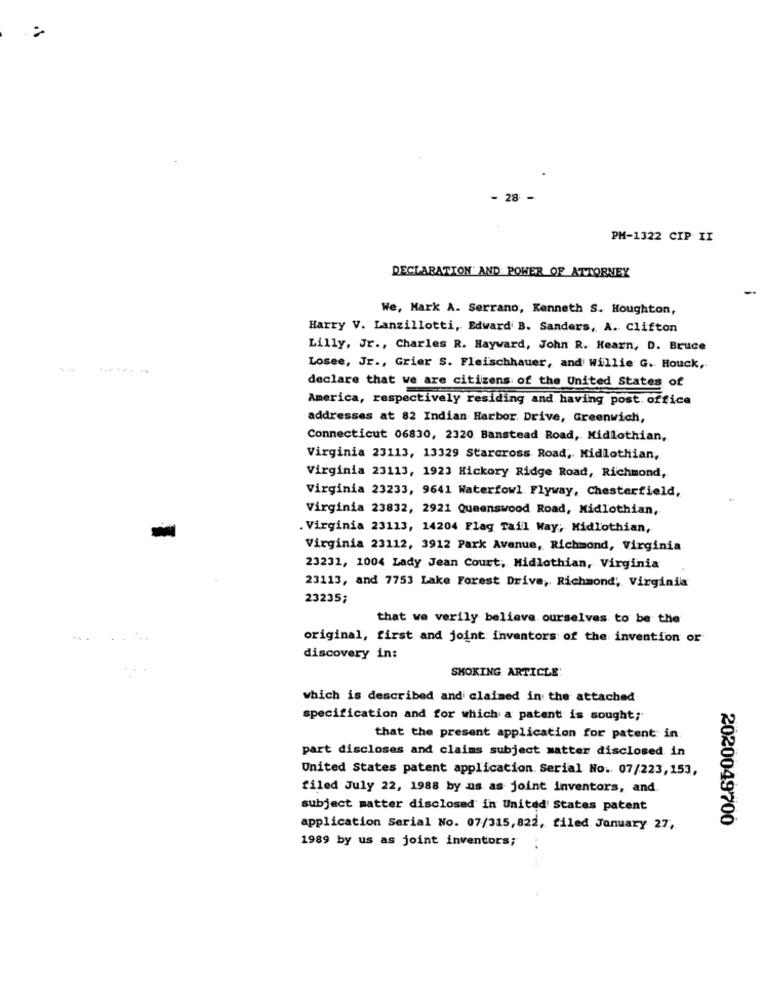
- 28 -
PM-1322 CIP II
DECLARATION" AND POWER OF ATTORNEY
We, Mark A. Serrano, Kenneth S. Houghton,
Harry V. Lanzillotti, Edward B. Sanders, A. Clifton
Lilly, Jr ., Charles R. Hayward, John R. Hearn, D. Bruce
Losee, Jr ., Grier S. Fleischhauer, and willie G. Houck,
declare that we are citizens of the United States of
America, respectively residing and having post. office
addresses at 82 Indian Harbor Drive, Greenwich,
Connecticut 06830, 2320 Banstead Road, Midlothian,
Virginia 23113, 13329 Starcross Road, Midlothian,
Virginia 23113, 1923 Hickory Ridge Road, Richmond,
Virginia 23233, 9641 Waterfowl. Flyway, Chesterfield,
Virginia 23832, 2921 Queenswood Road, Midlothian,
. Virginia 23113, 14204 Flag Tail Way, Midlothian,
Virginia 23112, 3912 Park Avenue, Richmond, Virginia
23231, 1004 Lady Jean Court, Midlothian, Virginia
23113, and 7753 Lake Forest Drive, Richmond, Virginia
23235;
that we verily believe ourselves to be the
original, first and joint inventors of the invention or
discovery in:
SMOKING ARTICLE
which is described and claimed in the attached
specification and for which a patent is sought;
that the present application for patent in
part discloses and claims subject matter disclosed. in
United States patent application. Serial No. 07/223,153,
filed July 22, 1988 by as as joint inventors, and
subject matter disclosed in United States patent
2020049700
application Serial No. 07/315, 822, filed January 27,
1989 by us as joint inventors;